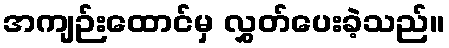
အကျဉ်းထောင်မှ လွှတ်ပေးခဲ့သည်။